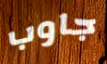
جاوب